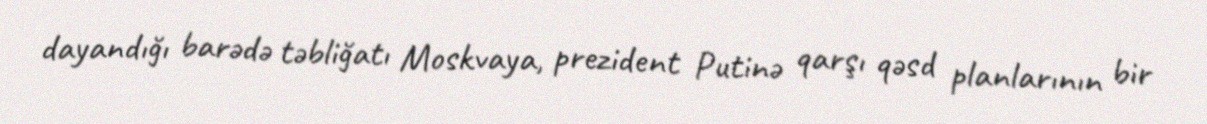
dayandığı barədə təbliğatı Moskvaya, prezident Putinə qarşı qəsd planlarının bir